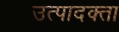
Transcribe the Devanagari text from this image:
उत्पादक्ता